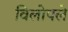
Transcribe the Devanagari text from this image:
विलोपले